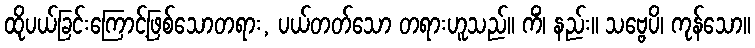
ထိုပယ်ခြင်းကြောင့်ဖြစ်သောတရား, ပယ်တတ်သော တရားဟူသည်။ ကိံ၊ နည်း။ သဗ္ဗေပိ၊ ကုန်သော။